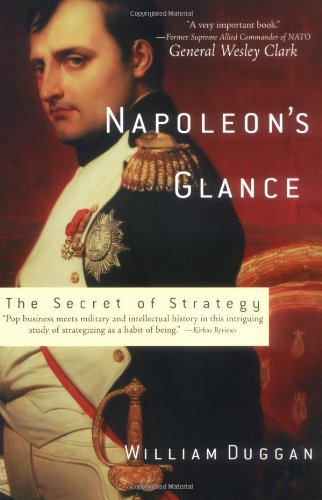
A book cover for Napoleon's Glance: The Secret of Strategy (Nation Books); William Duggan; History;